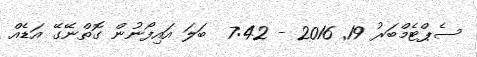
ސެޕްޓެމްބަރު 19